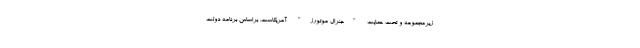
زیرمجموعه و تحت حمایت "جنرال موتورز" آمریکاست. براساس برنامه دولت